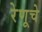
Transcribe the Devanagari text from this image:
रेणूचे